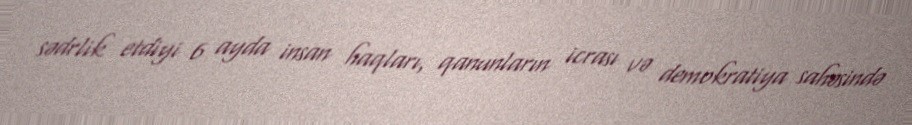
sədrlik etdiyi 6 ayda insan haqları, qanunların icrası və demokratiya sahəsində